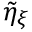
\tilde { \eta } _ { \xi }